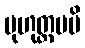
မုဟုတ္တမပိ